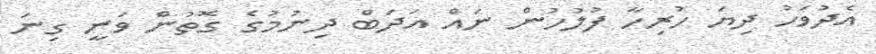
އެދުވަހު ދިޔަ ހުރިހާ ފުލުހުން ނައް އަދަބް ދިނުމުގެ ގޮތުން ވަނީ ގިނަ